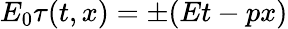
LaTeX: E_{0}\tau(t,x)=\pm(Et-px)